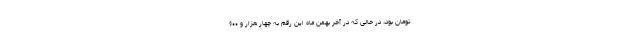
تومان بود، در حالی که در آخر بهمن ماه این رقم به چهار هزار و ۶٠٠